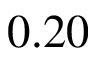
0 . 2 0